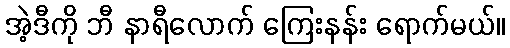
အဲ့ဒီကို ဘီ နာရီလောက် ကြေးနန်း ရောက်မယ်။